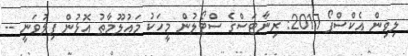
ލިވިން އެކްސްޕޯ 2017: ރިނާޓަސްގެ ސްޓޯލުން މީހަކު މައުލޫމާތު އޮޅުން ފިލުވަނީ --